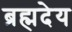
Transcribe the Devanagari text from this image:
ब्रह्मदेय